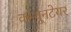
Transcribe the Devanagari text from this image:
कम्यूनटेयर